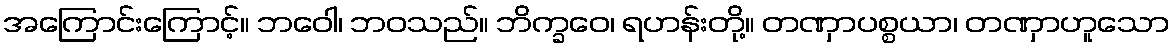
အကြောင်းကြောင့်။ ဘဝေါ၊ ဘဝသည်။ ဘိက္ခဝေ၊ ရဟန်းတို့။ တဏှာပစ္စယာ၊ တဏှာဟူသော